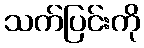
သက်ပြင်းကို